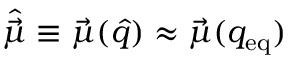
\hat { \vec { \mu } } \equiv \vec { \mu } ( \hat { q } ) \approx \vec { \mu } ( q _ { \mathrm { { e q } } } )